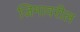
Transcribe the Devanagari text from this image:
जिमावरील